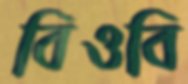
বিওবি